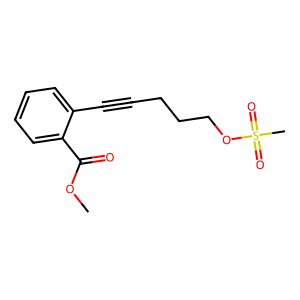
SMILES: COC(=O)c1ccccc1C#CCCCOS(C)(=O)=O
Inhibits HIV replication: No